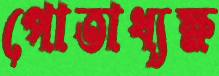
পোতাধ্যক্ষ